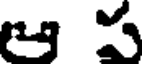
ఆ స